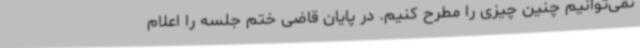
نمی‌توانیم چنین چیزی را مطرح کنیم. در پایان قاضی ختم جلسه را اعلام